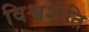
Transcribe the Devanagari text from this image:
विश्वशंति